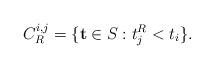
LaTeX: \begin{align*} C_R^{i, j} = \{ \mathbf{t} \in S_{} : t_j^R < t_i \}. \end{align*}